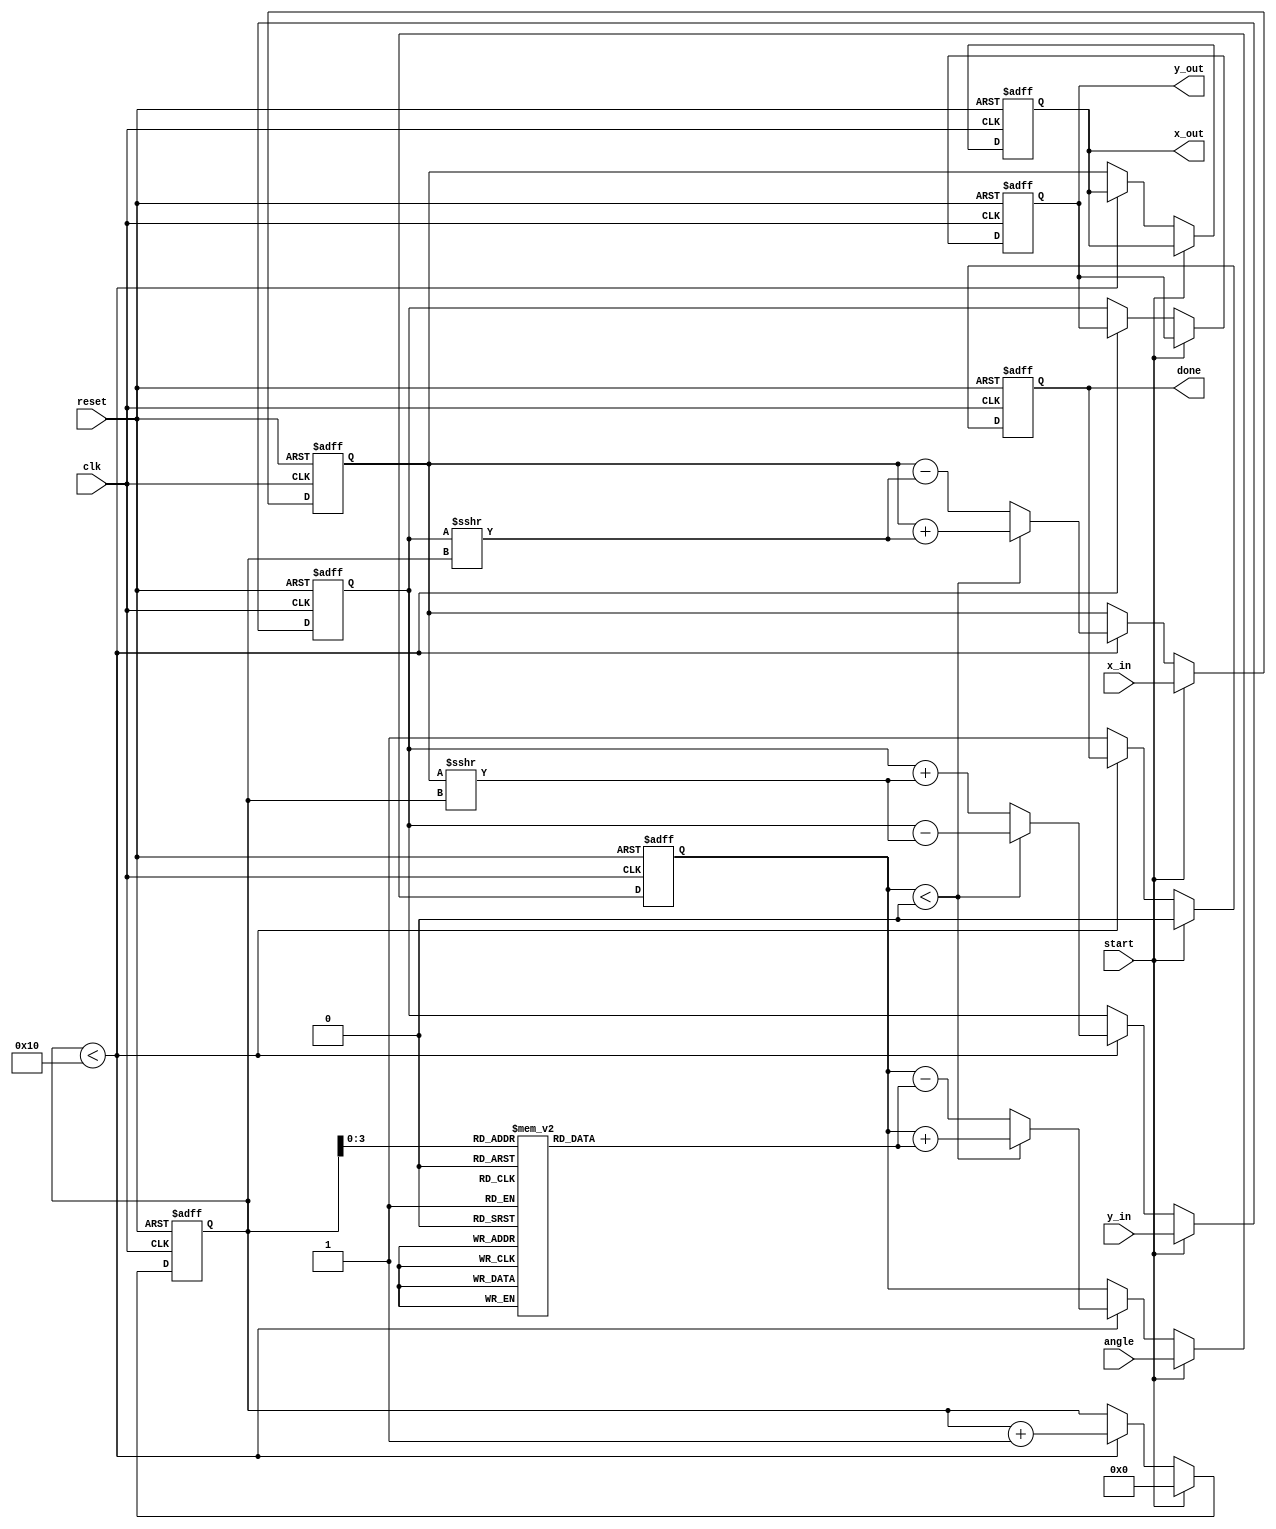
module cordic #(
    parameter WIDTH = 16,         // Data width
    parameter ITERATIONS = 16     // Number of iterations
)(
    input wire clk,
    input wire reset,
    input wire start,
    input wire [WIDTH-1:0] x_in,  // Input X vector
    input wire [WIDTH-1:0] y_in,  // Input Y vector
    input wire [WIDTH-1:0] angle,  // Input angle (in fixed-point)
    output reg [WIDTH-1:0] x_out,  // Output X vector
    output reg [WIDTH-1:0] y_out,  // Output Y vector
    output reg done                // Operation done signal
);

    // Internal signals
    reg [WIDTH-1:0] x, y;
    reg [WIDTH-1:0] z;
    reg [4:0] i; // Iteration counter
    reg [WIDTH-1:0] angle_table [0:ITERATIONS-1]; // Pre-computed arctan values

    // Initialize angle table (arctan(2^-i) in fixed-point format)
    initial begin
        angle_table[0] = 16'h3243; // atan(1) = pi/4
        angle_table[1] = 16'h1DAC; // atan(1/2) = pi/6
        angle_table[2] = 16'h0FAD; // atan(1/4) = pi/12
        // ... Fill in the rest of the angle values
        angle_table[3] = 16'h07A1; // atan(1/8)
        angle_table[4] = 16'h03D1; // atan(1/16)
        // Continue for all iterations
    end

    // CORDIC iteration process
    always @(posedge clk or posedge reset) begin
        if (reset) begin
            x <= 0;
            y <= 0;
            z <= 0;
            i <= 0;
            done <= 0;
            x_out <= 0;
            y_out <= 0;
        end else if (start) begin
            // Load inputs
            x <= x_in;
            y <= y_in;
            z <= angle;
            i <= 0;
            done <= 0;
        end else if (i < ITERATIONS) begin
            // CORDIC rotation
            if (z < 0) begin
                // Counter-clockwise rotation
                x <= x + (y >>> i);
                y <= y - (x >>> i);
                z <= z + angle_table[i];
            end else begin
                // Clockwise rotation
                x <= x - (y >>> i);
                y <= y + (x >>> i);
                z <= z - angle_table[i];
            end
            i <= i + 1;
        end else begin
            // Output results
            x_out <= x;
            y_out <= y;
            done <= 1;
        end
    end

endmodule